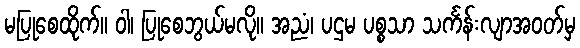
မပြုစေထိုက်။ ဝါ၊ ပြုစေဘွယ်မလို။ အညံ၊ ပဌမ ပစ္စသာ သင်္ကန်းလျာအဝတ်မှ